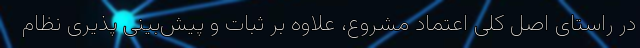
در راستای اصل کلی اعتماد مشروع، علاوه بر ثبات و پیش‌بینی پذیری نظام